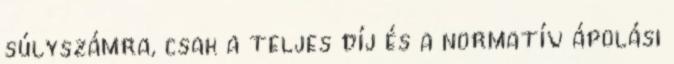
súlyszámra, csak a teljes díj és a normatív ápolási